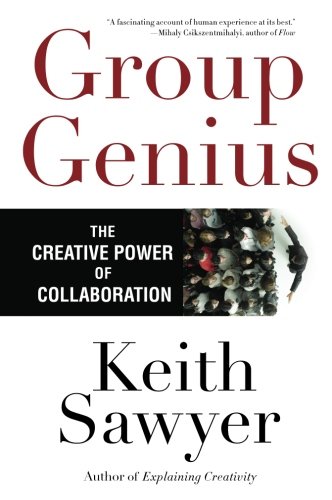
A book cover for Group Genius: The Creative Power of Collaboration; Keith Sawyer; Health, Fitness & Dieting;